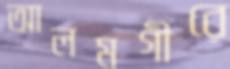
আলমগীরে